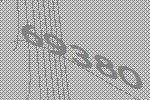
69380